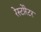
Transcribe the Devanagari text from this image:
रेस्टोरेटर